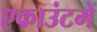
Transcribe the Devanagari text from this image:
एकाउंटमें